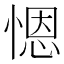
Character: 𢞴